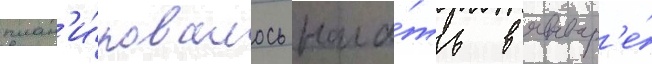
план'и́ровалось нача́ть в январ'е́